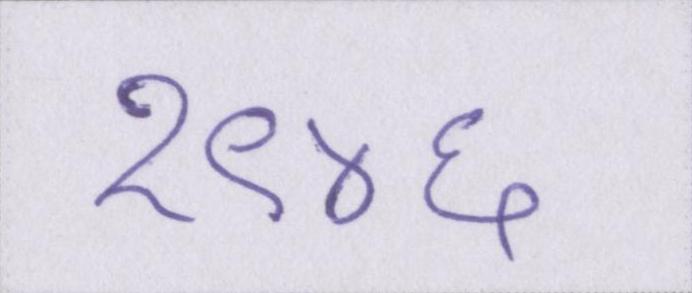
१९४६